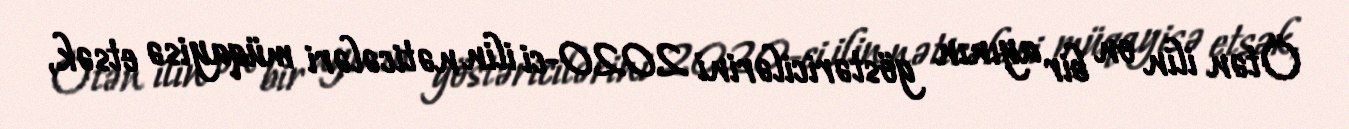
Ötən ilin on bir ayının göstəricilərini 2020-ci ilin nəticələri müqayisə etsək,